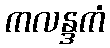
ကလန္ဒကံ